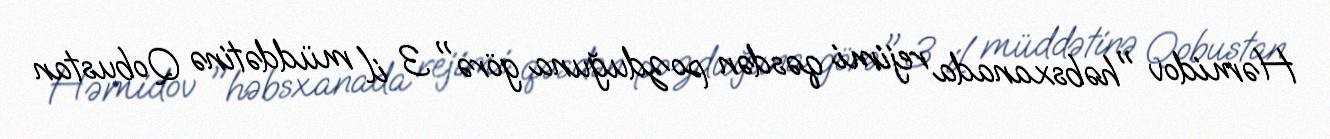
Həmidov "həbsxanada rejimi qəsdən pozduğuna görə" 3 il müddətinə Qobustan